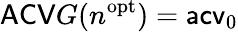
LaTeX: \mathsf{ACV}G(n^{\mathrm{opt}})=\mathsf{acv}_{0}